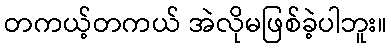
တကယ့်တကယ် အဲလိုမဖြစ်ခဲ့ပါဘူး။